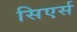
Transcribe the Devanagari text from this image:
सिएर्स